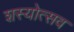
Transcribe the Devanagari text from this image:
शस्योत्सव